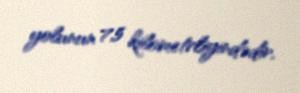
yolunun 7,5 kilometrliyindədir.